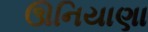
ઊનિયાણા